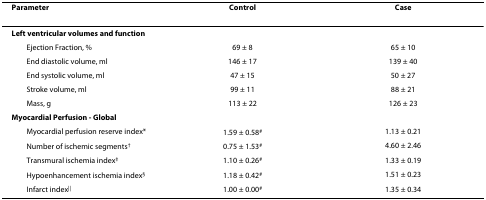
| Parameter | Control | Case |
 | --- | --- | --- |
 | Left ventricular volumes and function |  |  |
 | Ejection Fraction, % | 69 ± 8 | 65 ± 10 |
 | End diastolic volume, ml | 146 ± 17 | 139 ± 40 |
 | End systolic volume, ml | 47 ± 15 | 50 ± 27 |
 | Stroke volume, ml | 99 ± 11 | 88 ± 21 |
 | Mass, g | 113 ± 22 | 126 ± 23 |
 | Myocardial Perfusion - Global |  |  |
 | Myocardial perfusion reserve index* | 1.59 ± 0.58# | 1.13 ± 0.21 |
 | Number of ischemic segments† | 0.75 ± 1.53# | 4.60 ± 2.46 |
 | Transmural ischemia index‡ | 1.10 ± 0.26# | 1.33 ± 0.19 |
 | Hypoenhancement ischemia index§ | 1.18 ± 0.42# | 1.51 ± 0.23 |
 | Infarct index|| | 1.00 ± 0.00# | 1.35 ± 0.34 |